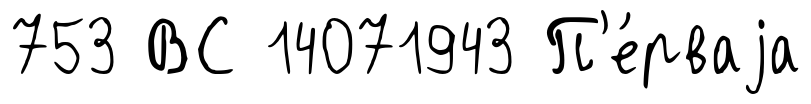
753 ВС 14071943 П'е́рваjа